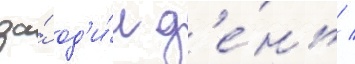
за́ од'и́н д'е́нь /